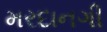
મરદાનગી